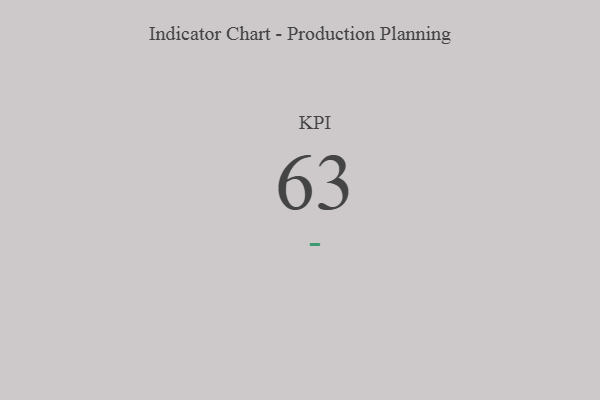
{"axis": {"x": "KPI", "y": "Value"}, "legend": [""], "data": [{"x": "KPI", "y": 63, "type": ""}]}